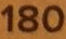
180